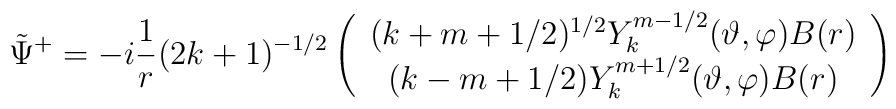
\tilde \Psi ^{+}=-i\frac 1r(2k+1)^{-1/2}\left(\begin{array}{c}(k+m+1/2)^{1/2}Y_k^{m-1/2}(\vartheta ,\varphi )B(r) \\(k-m+1/2)Y_k^{m+1/2}(\vartheta ,\varphi )B(r)\end{array}\right)